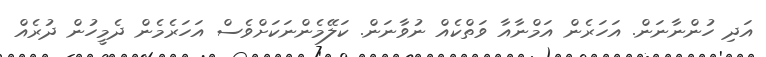
އަދި ހުންނާނަން. އަހަރެން އަމްނާއާ ވަތްކެއް ނުވާނަން. ކަލޭމެންނަކަށްވެސް އަހަރެމެން ދެމީހުން ދުރެއް